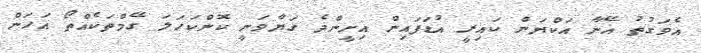
އެވަގުތު އޭނާ އަކްޔަން ކައިރީ އުޑަފައިން އިށީންދެ ގަޔާވަނީ ކޮންކަހަލަ ގޭމްތަކެއްތޯ އަހަން